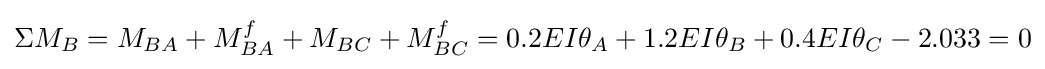
\Sigma M_{B}=M_{BA}+M_{BA}^{f}+M_{BC}+M_{BC}^{f}=0.2EI\theta _{A}+1.2EI\theta _{B}+0.4EI\theta _{C}-2.033=0